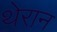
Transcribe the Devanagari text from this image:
थेरान